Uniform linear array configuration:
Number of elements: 24
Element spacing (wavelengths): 1
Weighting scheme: blackman
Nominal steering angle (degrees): -45
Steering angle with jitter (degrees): -45.723
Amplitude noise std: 0.05
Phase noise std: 0.05

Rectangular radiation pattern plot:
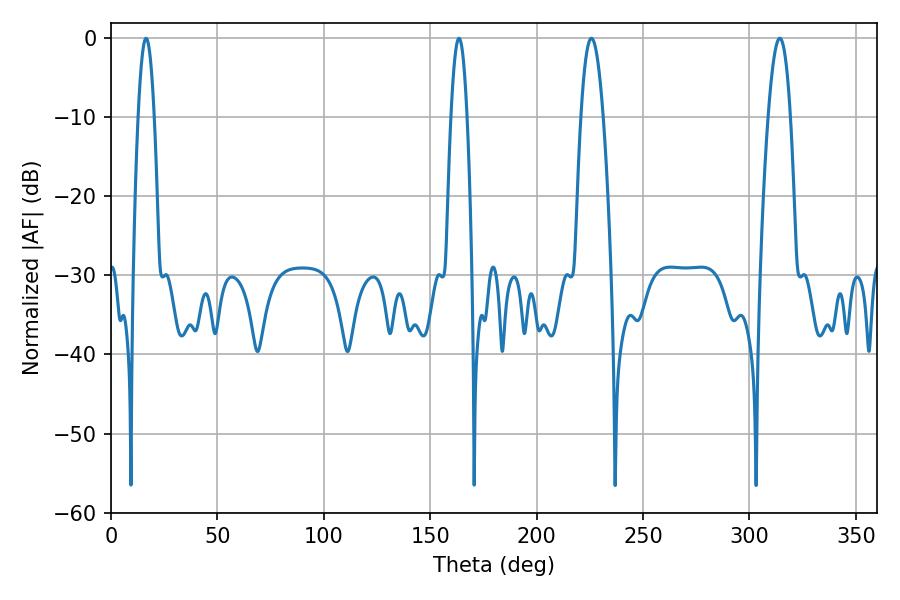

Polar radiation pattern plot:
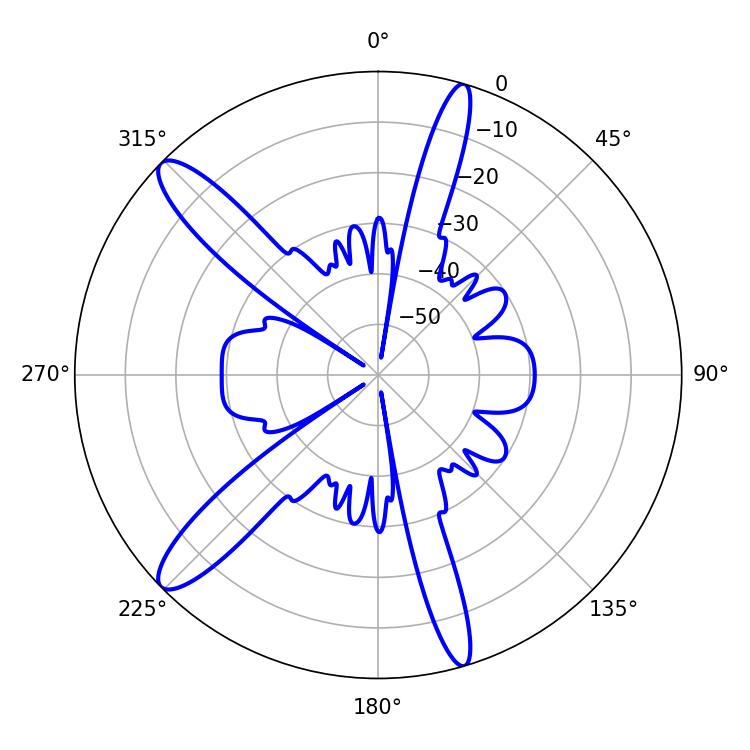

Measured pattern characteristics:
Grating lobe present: TRUE
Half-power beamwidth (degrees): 5.58
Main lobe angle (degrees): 314.28